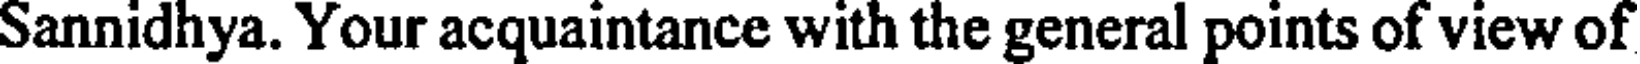
Sannidhya. Your acquaintance with the general points of view of